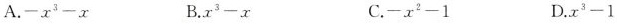
A.$$- x ^ { 3 } - x$$ B.$$x ^ { 3 } - x$$ C.$$- x ^ { 2 } - 1$$ D.$$x ^ { 3 } - 1$$